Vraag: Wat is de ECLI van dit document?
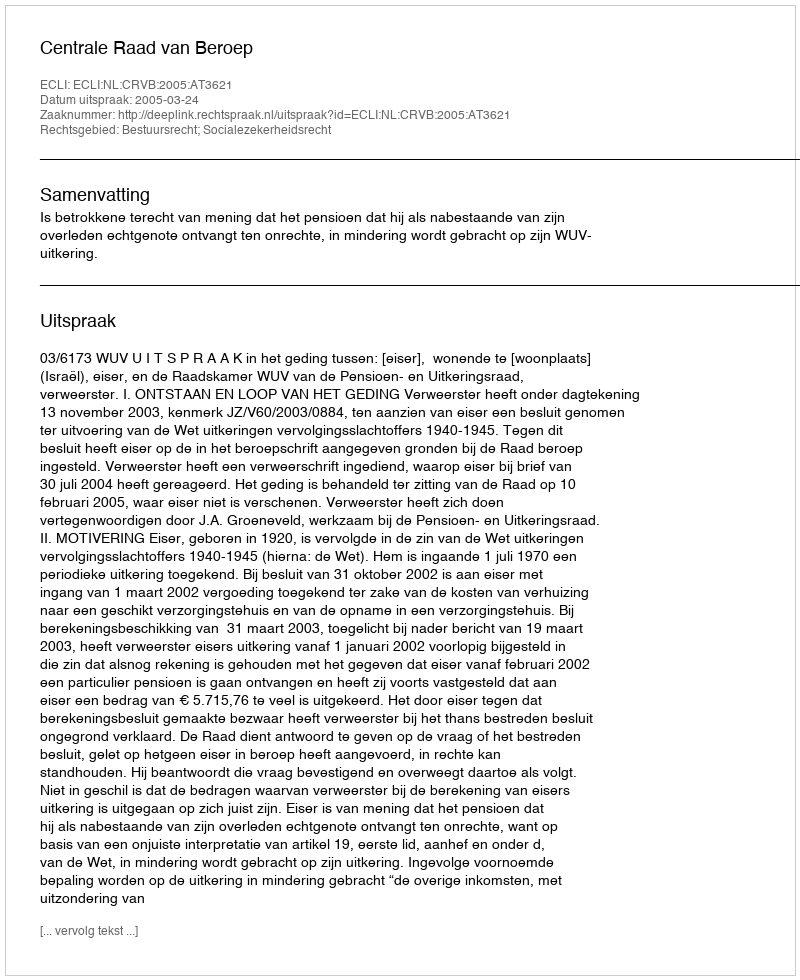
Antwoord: ECLI:NL:CRVB:2005:AT3621